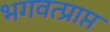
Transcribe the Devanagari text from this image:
भगवत्प्राप्त